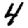
Digit: 4